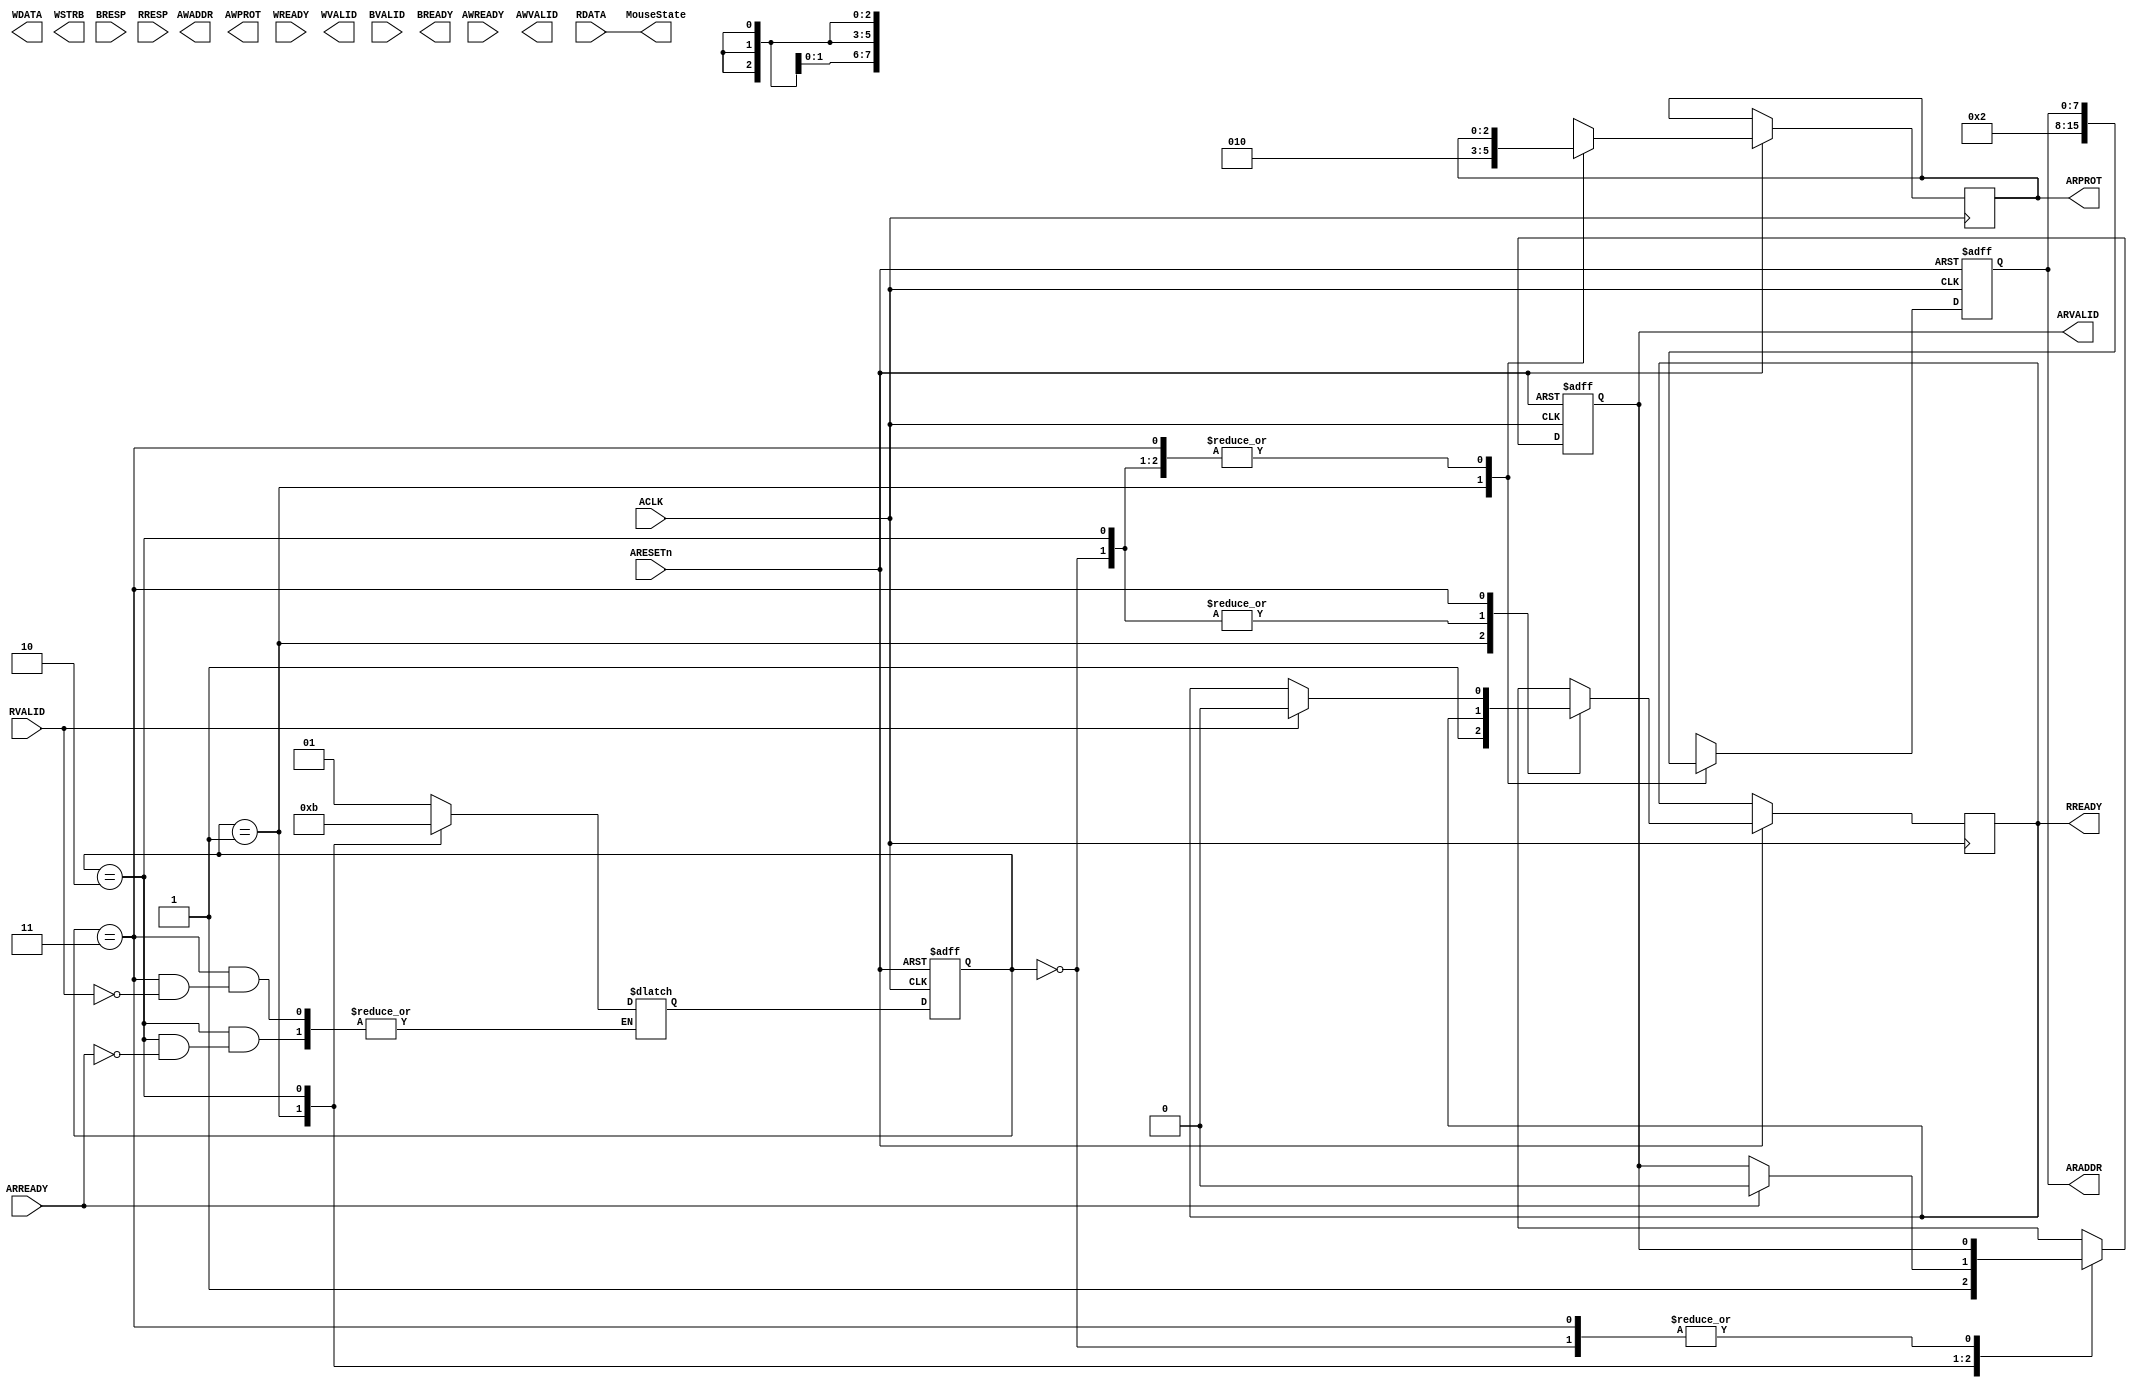
module AmbaMaster
#(
    parameter
        ADDR_WIDTH = 8,
        DATA_WIDTH = 32
)
(

// Global signals
    input wire ACLK,
    input wire ARESETn,
	
// Write address channel signals
    input wire AWREADY,

    output reg [ADDR_WIDTH-1:0] AWADDR,
    output reg [2:0] AWPROT,
    output reg AWVALID,
    
// Write data channel
    input wire WREADY,
    
    output reg [DATA_WIDTH-1:0] WDATA,
    output reg [DATA_WIDTH/8 - 1 :0] WSTRB,
    output reg WVALID,
    
// Write response channel signals
    input wire [1:0] BRESP,
    input wire BVALID,
    
    output reg BREADY,
    
// Read address channel signals
    input wire ARREADY,
    
    output reg [ADDR_WIDTH-1:0] ARADDR,
    output reg [2:0] ARPROT,
    output reg ARVALID,
    
// Read data channel signals
    input wire [DATA_WIDTH-1:0] RDATA,
    input wire [1:0] RRESP,
    input wire RVALID,
    
    output reg RREADY,
	 
	 output wire [31:0] MouseState
);

    
// Write FSM
    wire reset = ~ARESETn;

    reg [ADDR_WIDTH-1:0] AWADDR_next;
    reg [2:0] AWPROT_next;
    reg [DATA_WIDTH-1:0] WDATA_next;
    reg [DATA_WIDTH/8 - 1 :0] WSTRB_next;
    reg WVALID_next, BREADY_next, AWVALID_next;
    
    reg [1:0] wstate, wstate_next;


    
    localparam
        RESET = 0,
        VALID = 1,
        READY = 2,
        RESP = 3;

// Read FSM

    reg [ADDR_WIDTH-1:0] ARADDR_next;
    reg [2:0] ARPROT_next;
    reg ARVALID_next, RREADY_next;
    


    reg [1:0] rstate, rstate_next;

assign MouseState = RDATA;


    always@(posedge reset, posedge ACLK)
        if(reset)
            begin
                ARVALID <= 0;
                ARADDR  <= 0;
                rstate  <= RESET;
            end
        else
            begin
                ARADDR  <= ARADDR_next;
                ARPROT  <= ARPROT_next;
                ARVALID <= ARVALID_next;
                RREADY  <= RREADY_next;
                
                rstate  <= rstate_next;
            end
            
     always@*
        begin
            ARADDR_next = ARADDR;
            ARPROT_next = ARPROT;
            ARVALID_next = ARVALID;
            RREADY_next = RREADY;
            
            case(rstate)
                RESET: rstate_next = VALID;
                VALID: begin
                        ARVALID_next = 1;
                        ARADDR_next = 8'h02; // STATE
                        ARPROT_next = 3'b010;
                        
                        RREADY_next = 1;
                        
                        rstate_next = READY;
                    end
                READY: if(ARREADY)
                    begin
                        ARVALID_next = 0;
                        rstate_next = RESP;
                    end
                RESP: if(RVALID)
                    begin
                        
								// add read code
								
								//MouseState <= RDATA;
								
                        RREADY_next = 0;
                        rstate_next = VALID;
                    end
            endcase
        end

endmodule